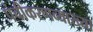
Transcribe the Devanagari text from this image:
पंचीकरणव्याख्या